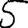
Digit: 5